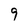
Character: 9